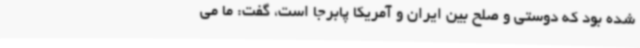
شده بود که دوستی و صلح بین ایران و آمریکا پابرجا است، گفت: ما می‌